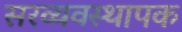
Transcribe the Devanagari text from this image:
सरव्यवस्थापक